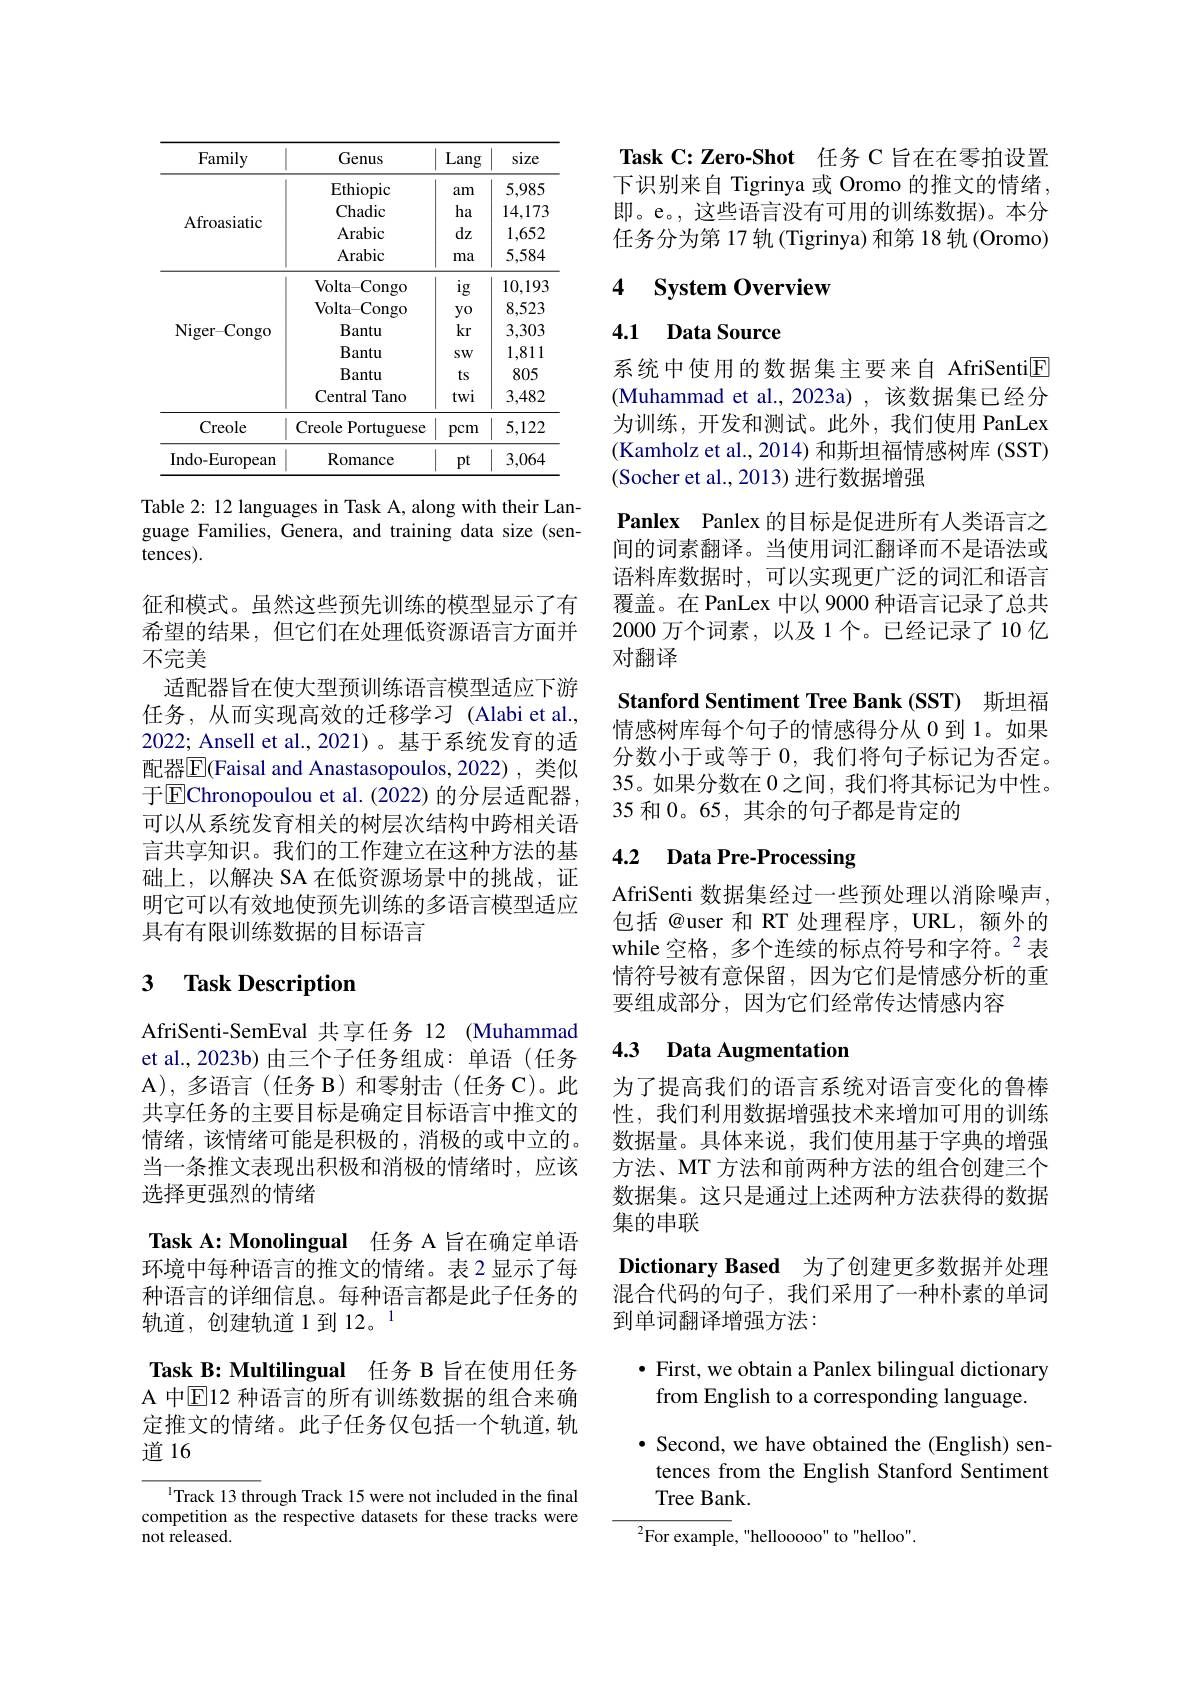
<table>
	<tbody>
		<tr>
			<th>Family</th>
			<th>Genus</th>
			<th>Lang</th>
			<th>size</th>
		</tr>
		<tr>
			<td>Afroasiatic</td>
			<td>Ethiopic Chadic Arabic Arabic</td>
			<td>$am$ ha dz ma</td>
			<td>5,985 14,173 1,652 5,584</td>
		</tr>
		<tr>
			<td>Creole</td>
			<td>Creole Portuguese</td>
			<td>pcm</td>
			<td>5,122</td>
		</tr>
		<tr>
			<td>Indo-European</td>
			<td>Romance</td>
			<td>$pt$</td>
			<td>3,064</td>
		</tr>
	</tbody>
</table>

Table 2: 12 languages in Task A, along with their Language Families, Genera, and training data size (sentences).

征和模式。虽然这些预先训练的模型显示了有希望的结果，但它们在处理低资源语言方面并不完美
适配器旨在使大型预训练语言模型适应下游任务，从而实现高效的迁移学习(Alabi et al., 2022; Ansell et al.,2021)。基于系统发育的适配器$\underline{\mathrm{E}}$(Faisal and Anastasopoulos,2022),类似于$\boxed{\mathrm{E}}$Chronopoulou et al.(2022)的分层适配器， 可以从系统发育相关的树层次结构中跨相关语言共享知识。我们的工作建立在这种方法的基础上，以解决 SA 在低资源场景中的挑战，证明它可以有效地使预先训练的多语言模型适应具有有限训练数据的目标语言

# 3 $\textbf{Task Description}$

AfriSenti-SemEval 共享任务 12 (Muhammad et al.,2023b) 由三个子任务组成：单语(任务A), 多语言(任务 B) 和零射击(任务 C)。此共享任务的主要目标是确定目标语言中推文的情绪，该情绪可能是积极的，消极的或中立的。当一条推文表现出积极和消极的情绪时，应该选择更强烈的情绪
Task A: Monolingual 任务 A 旨在确定单语环境中每种语言的推文的情绪。表2 显示了每种语言的详细信息。每种语言都是此子任务的轨道，创建轨道1到12。1
Task B: Multilingual 任务 B 旨在使用任务A 中$\overline{\mathrm{E}}$12 种语言的所有训练数据的组合来确定推文的情绪。此子任务仅包括一个轨道，轨道16

ITrack 13 through Track 15 were not included in the final competition as the respective datasets for these tracks were not released.

Task C:Zero-Shot 任务 C 旨在在零拍设置下识别来自 Tigrinya 或 Oromo 的推文的情绪， 即。e。, 这些语言没有可用的训练数据)。本分任务分为第 17 轨(Tigrinya) 和第 18 轨 (Oromo)

### 4 System Overview

# 4.1 Data Source

系统中使用的数据集主要来自 AfriSenti$\boxed{\mathrm{F}}$ (Muhammad et al.,2023a) ,该数据集已经分为训练，开发和测试。此外，我们使用 PanLex (Kamholz et al., 2014) 和斯坦福情感树库 (SST) (Socher et al., 2013) 进行数据增强
Panlex Panlex 的目标是促进所有人类语言之间的词素翻译。当使用词汇翻译而不是语法或语料库数据时，可以实现更广泛的词汇和语言覆盖。在 PanLex 中以 9000 种语言记录了总共2000 万个词素，以及 1 个。已经记录了 10 亿对翻译
Stanford Sentiment Tree Bank (SST) 斯坦福情感树库每个句子的情感得分从 0 到 1。如果分数小于或等于0，我们将句子标记为否定。35。如果分数在0之间，我们将其标记为中性。35 和0。65,其余的句子都是肯定的

# 4.2 Data Pre-Processing

AfriSenti 数据集经过一些预处理以消除噪声， 包括@user 和 RT 处理程序，URL, 额外的while 空格，多个连续的标点符号和字符。$^{2}$表情符号被有意保留，因为它们是情感分析的重要组成部分，因为它们经常传达情感内容

# 4.3 Data Augmentation

为了提高我们的语言系统对语言变化的鲁棒性，我们利用数据增强技术来增加可用的训练数据量。具体来说，我们使用基于字典的增强方法、MT 方法和前两种方法的组合创建三个数据集。这只是通过上述两种方法获得的数据集的串联

Dictionary Based 为了创建更多数据并处理混合代码的句子，我们采用了一种朴素的单词到单词翻译增强方法：
$\bullet$ First, we obtain a Panlex bilingual dictionary
from English to a corresponding language.
$\bullet$ Second, we have obtained the (English) sentences from the English Stanford Sentiment Tree Bank.
$^{2}$For example,"hellooooo" to"helloo".